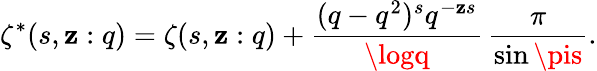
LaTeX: \zeta^{*}(s,\mathbf{z}:q)=\zeta(s,\mathbf{z}:q)+\frac{{(q-q^{2})^{s}q^{-\mathbf{z}s}}}{{\logq}}\, \frac{{\pi}}{{\sin\pis}}.